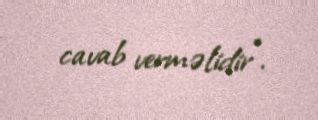
cavab verməlidir”.